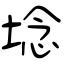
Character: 埝